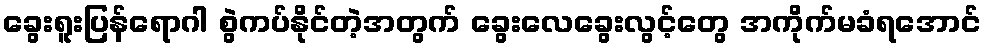
ခွေးရူးပြန်ရောဂါ စွဲကပ်နိုင်တဲ့အတွက် ခွေးလေခွေးလွင့်တွေ အကိုက်မခံရအောင်